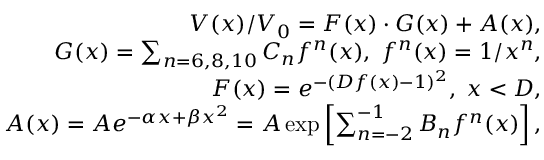
\begin{array} { r l r } & { } & { V ( x ) / V _ { 0 } = F ( x ) \cdot G ( x ) + A ( x ) , } \\ & { } & { G ( x ) = \sum _ { n = 6 , 8 , 1 0 } C _ { n } f ^ { n } ( x ) , \; f ^ { n } ( x ) = 1 / x ^ { n } , } \\ & { } & { F ( x ) = e ^ { - ( D f ( x ) - 1 ) ^ { 2 } } , \; x < D , } \\ & { } & { A ( x ) = A e ^ { - \alpha x + \beta x ^ { 2 } } = A \exp \left[ \sum _ { n = - 2 } ^ { - 1 } B _ { n } f ^ { n } ( x ) \right] , } \end{array}